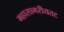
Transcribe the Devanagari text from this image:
महासागरीयतट